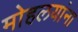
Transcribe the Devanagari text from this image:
माेहलयांना